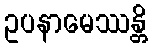
ဥပနာမေဿန္တိ